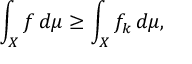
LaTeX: \int _ { X } f \, d \mu \geq \int _ { X } f _ { k } \, d \mu ,